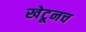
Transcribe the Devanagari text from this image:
खेटूनच